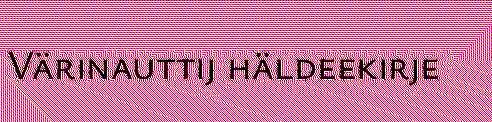
Värinauttij häldeekirje